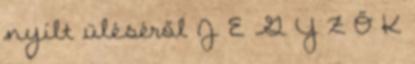
nyílt üléséről J E G Y Z Ő K